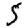
Digit: 5